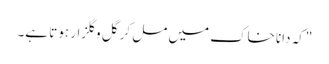
"کہ دانا خاک میں مل کر گل وگلزار ہوتا ہے۔